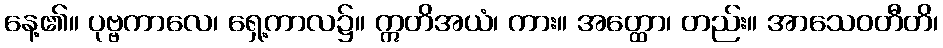
နေ့၏။ ပုဗ္ဗကာလေ၊ ရှေ့ကာလ၌။ ဣတိအယံ၊ ကား။ အတ္ထော၊ တည်း။ အာသေဝတီတိ၊